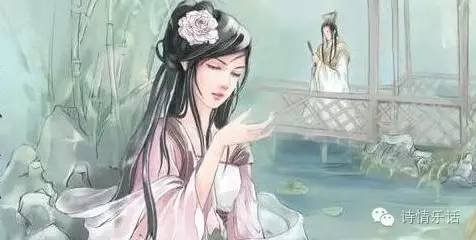
去时梅萼初凝粉。不觉小桃风力损。